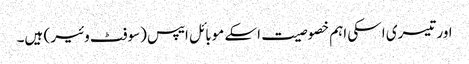
اور تیسری اسکی اہم خصوصیت اسکے موبائل ایپس (سوفٹ وئیر ) ہیں۔